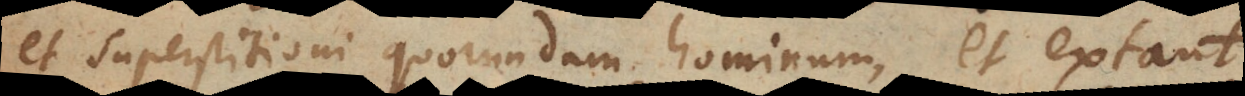
et superstitioni quorundam hominum, et extant